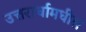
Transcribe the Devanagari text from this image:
उत्तरार्धामधील